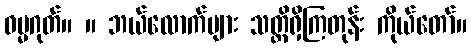
ဓမ္မဂုတ်။ ။ ဘယ်လောက်များ သတ္တိရှိကြတုန်း ကိုယ်တော်။